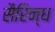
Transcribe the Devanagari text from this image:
सैरिन्ध